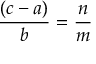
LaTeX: { \frac { ( c - a ) } { b } } = { \frac { n } { m } }